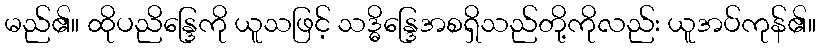
မည်၏။ ထိုပညိန္ဒြေကို ယူသဖြင့် သဒ္ဓိန္ဒြေအစရှိသည်တို့ကိုလည်း ယူအပ်ကုန်၏။